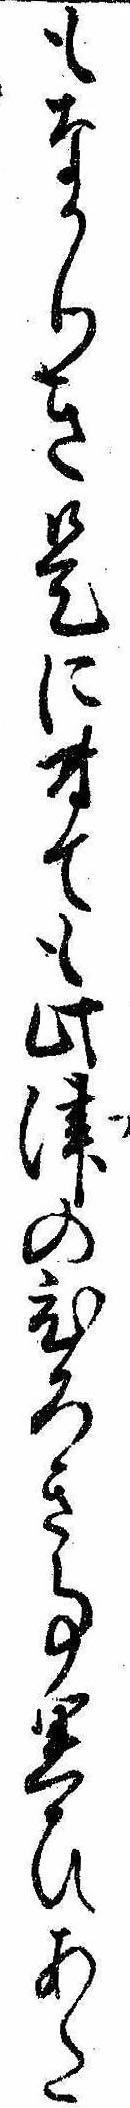
もなかりき是に付ても此津のひろき事思ひあた